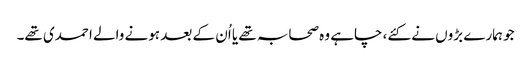
جو ہمارے بڑوں نے کئے، چاہے وہ صحابہ تھے یا اُن کے بعد ہونے والے احمدی تھے۔